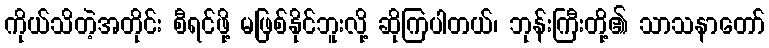
ကိုယ်သိတဲ့အတိုင်း စီရင်ဖို့ မဖြစ်နိုင်ဘူးလို့ ဆိုကြပါတယ်၊ ဘုန်းကြီးတို့၏ သာသနာတော်